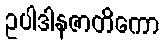
ဥပါဒါနဇာတိကော